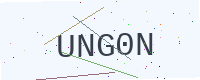
Text: UNG0N